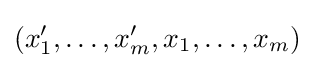
(x'_{1},\ldots ,x'_{m},x_{1},\ldots ,x_{m})